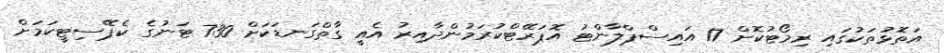
އަތޮޅުތަކުގައި ރިމޯޓުކޮށް 17 އައިސްޕްލާންޓު އޮޕަރޭޓްކުރަމުންދާއިރު އެއީ ގާތްގަނޑަކަށް 730 ޓަނުގެ ކެޕޭސިޓީކަމަށް